Scottish Leaving Certificate Examination, 1961
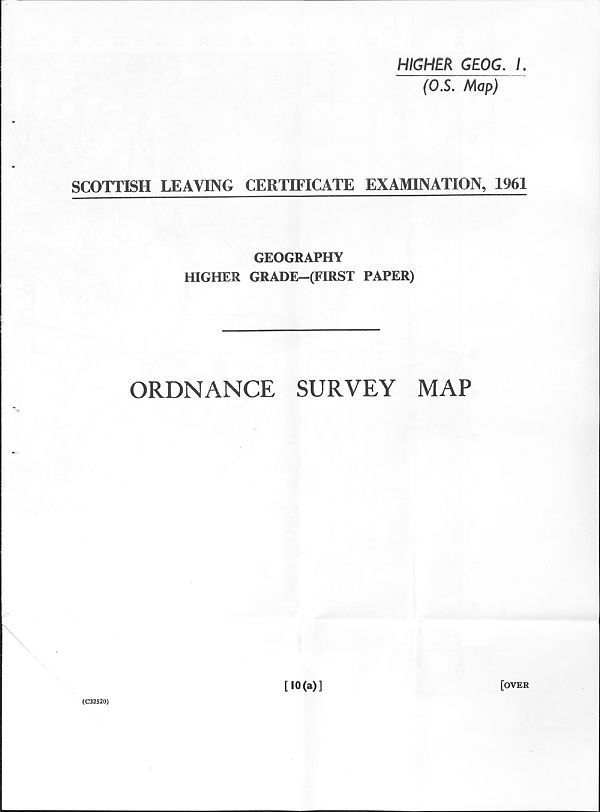
HIGHER GEOG. L
(OS. Map)
SCOTTISH LEAVING CERTIFICATE EXAMINATION, 1961
GEOGRAPHY
HIGHER GRADE—(FIRST PAPER)
ORDNANCE
SURVEY
MAP
(C32520)
[10(a)]
[over